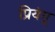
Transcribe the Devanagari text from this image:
प्रियंगू